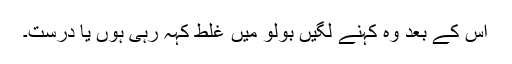
اس کے بعد وہ کہنے لگیں بولو میں غلط کہہ رہی ہوں یا درست۔